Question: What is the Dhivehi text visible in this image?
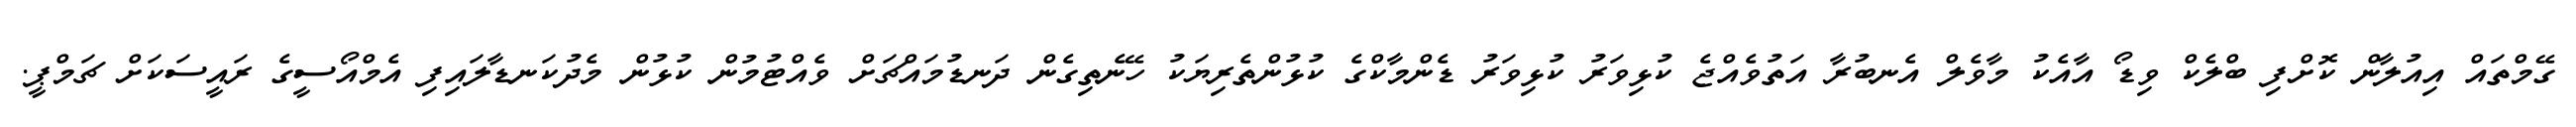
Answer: ގޭމްތައް އިއުލާން ކޮށްފި ބްލެކް ވިޑޯ އާއެކު މާވެލް އެނބުރާ އަތުވެއްޖެ ކުޅިވަރު ކުޅިވަރު ޑެންމާކްގެ ކުޅުންތެރިޔަކު ހޭނެތިގެން ދަނޑުމައްޗަށް ވެއްޓުމުން ކުޅުން މެދުކަނޑާލައިފި އެމްއޯސީގެ ރައީސަކަށް ޗަމްޕީ.